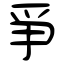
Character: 爭